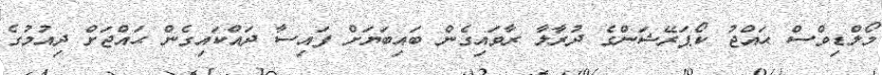
މޯލްޑިވްސް ޙައްޖު ކޯޕަރޭޝަންގެ ދުރާލާ ރާވައިގެން ބައިބަޔަށް ފައިސާ ދައްކައިގެން ޙައްޖަށް ދިއުމުގެ